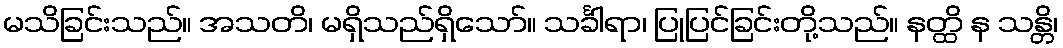
မသိခြင်းသည်။ အသတိ၊ မရှိသည်ရှိသော်။ သင်္ခါရာ၊ ပြုပြင်ခြင်းတို့သည်။ နတ္ထိ န သန္တိ၊